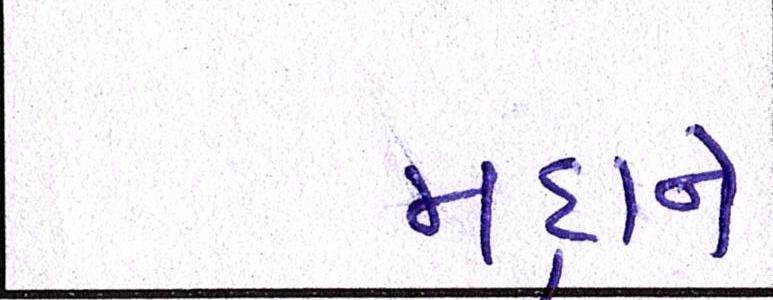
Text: મદ્દાને